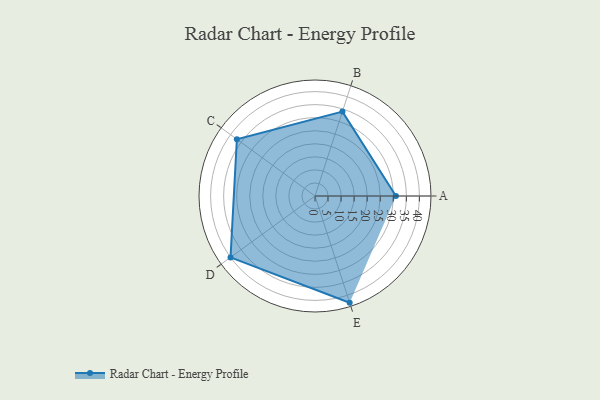
{"axis": {"x": "Skill", "y": "Score"}, "legend": ["Profile"], "data": [{"x": "A", "y": 31.0, "type": "Profile"}, {"x": "B", "y": 34.0, "type": "Profile"}, {"x": "C", "y": 37.0, "type": "Profile"}, {"x": "D", "y": 40.0, "type": "Profile"}, {"x": "E", "y": 43.0, "type": "Profile"}]}